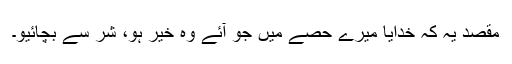
مقصد یہ کہ خدایا میرے حصے میں جو آئے وہ خیر ہو، شر سے بچائیو۔